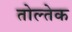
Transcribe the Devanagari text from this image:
तोल्तेक